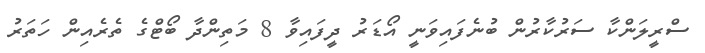
ސްރީލަންކާ ސަރުކާރުން ބުނެފައިވަނީ އޯޑަރު ދީފައިވާ 8 މަތިންދާ ބޯޓްގެ ތެރެއިން ހަތަރު